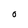
Character: 0